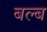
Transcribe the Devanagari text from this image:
बल्‍ब